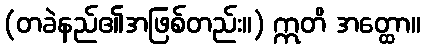
(တခဲနည်၏အဖြစ်တည်း။) ဣတိ အတ္ထော။